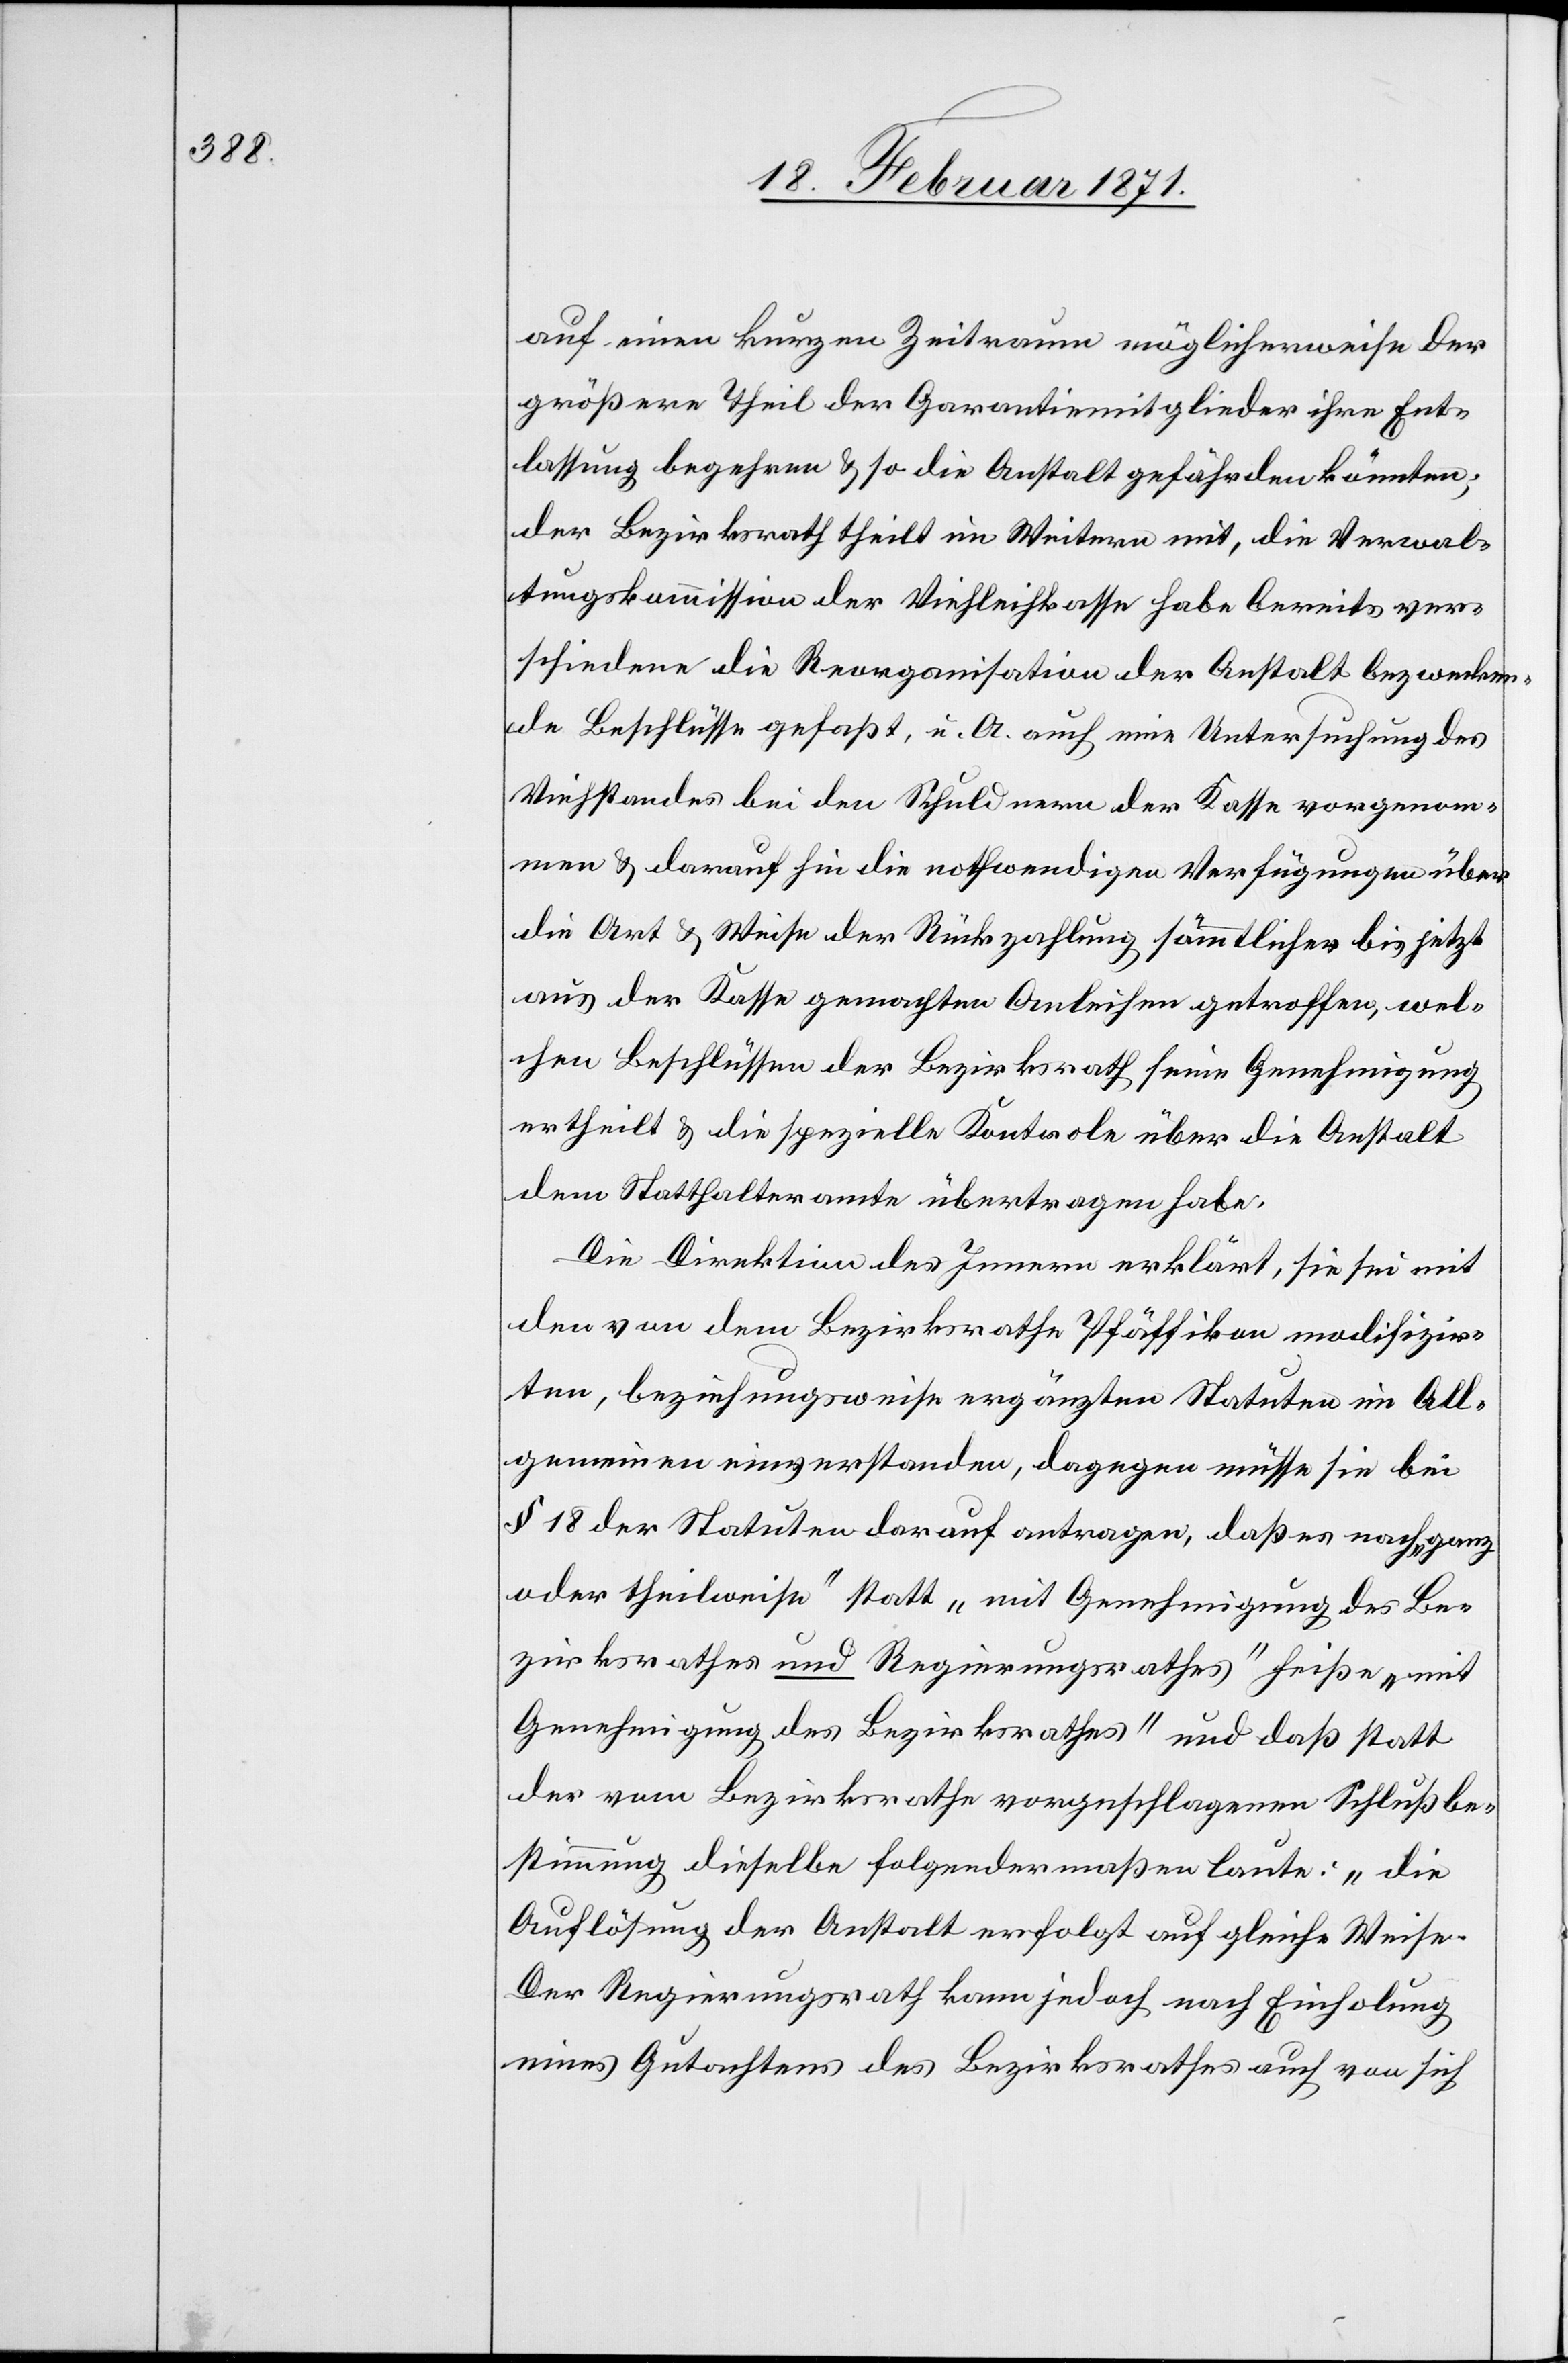
auf einen kurzen Zeitraum möglicherweise der
größere Theil der Garantiemitglieder ihre Ent¬
lassung begehren u. so die Anstalt gefährden könnten;
der Bezirksrath theilt im Weitern mit, die Verwal¬
tungskommission der Viehleihkasse habe bereits ver¬
schiedene die Reorganisation der Anstalt bezwecken¬
de Beschlüsse gefaßt, u. A. auch eine Untersuchung des
Viehstandes bei den Schuldnern der Kasse vorgenom¬
men u. darauf hin die nothwendigen Verfügungen über
die Art u. Weise der Rückzahlung sämmtlicher bis jetzt
aus der Kasse gemachten Anleihen getroffen, wel¬
chen Beschlüssen der Bezirksrath seine Genehmigung
ertheilt u. die spezielle Kontrole über die Anstalt
dem Statthalteramte übertragen habe.
Die Direktion des Innern erklärt, sie sei mit
den von dem Bezirksrathe Pfäffikon modifizir¬
ten, beziehungsweise ergänzten Statuten im All¬
gemeinen einverstanden, dagegen müsse sie bei
§ 18 der Statuten darauf antragen, daß es nach „ganz
oder theilweise“ statt „mit Genehmigung des Be¬
zirksrathes und Regierungsrathes“ heiße „mit
Genehmigung des Bezirksrathes“ und daß statt
der vom Bezirksrathe vorgeschlagenen Schlußbe¬
stimmung dieselbe folgendermaßen laute: „die
Auflösung der Anstalt erfolgt auf gleiche Weise.
Der Regierungsrath kann jedoch nach Einholung
eines Gutachtens des Bezirksrathes auch von sich